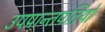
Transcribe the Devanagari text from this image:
उपप्रान्तपतियों